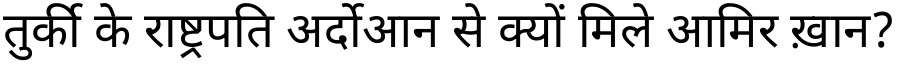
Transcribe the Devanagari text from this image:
तुर्की के राष्ट्रपति अर्दोआन से क्यों मिले आमिर ख़ान?